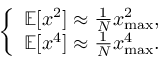
\left\{ \begin{array} { l l } { \mathbb { E } [ x ^ { 2 } ] \approx \frac { 1 } { N } x _ { \mathrm { m a x } } ^ { 2 } , } \\ { \mathbb { E } [ x ^ { 4 } ] \approx \frac { 1 } { N } x _ { \mathrm { m a x } } ^ { 4 } . } \end{array} \right.